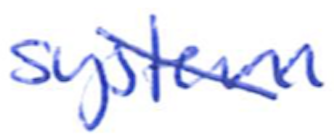
Text: system
Cross-out: diagonal
Writing tool: ballpoint